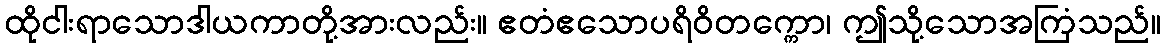
ထိုငါးရာသောဒါယကာတို့အားလည်း။ ဧတံဧသောပရိဝိတက္ကော၊ ဤသို့သောအကြံသည်။